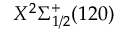
X ^ { 2 } \Sigma _ { 1 / 2 } ^ { + } ( 1 2 0 )